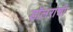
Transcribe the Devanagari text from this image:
डॉलरांची